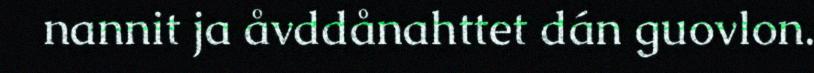
nannit ja åvddånahttet dán guovlon.